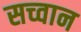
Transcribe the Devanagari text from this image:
सच्वान